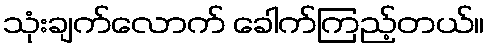
သုံးချက်လောက် ခေါက်ကြည့်တယ်။